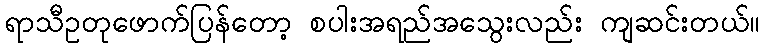
ရာသီဥတုဖောက်ပြန်တော့ စပါးအရည်အသွေးလည်း ကျဆင်းတယ်။